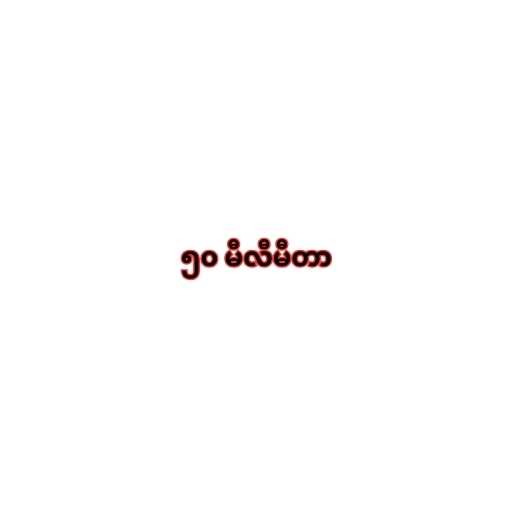
၅၀ မီလီမီတာ